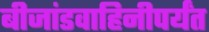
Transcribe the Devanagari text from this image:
बीजांडवाहिनीपर्यंत